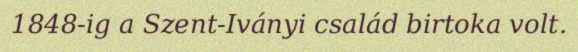
1848-ig a Szent-Iványi család birtoka volt.